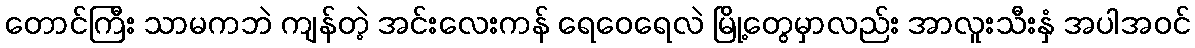
တောင်ကြီး သာမကဘဲ ကျန်တဲ့ အင်းလေးကန် ရေဝေရေလဲ မြို့တွေမှာလည်း အာလူးသီးနှံ အပါအဝင်